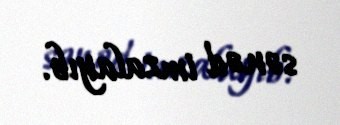
sənəd imzalayıb.